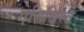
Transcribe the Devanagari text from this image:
ऐमिथिस्ट